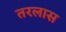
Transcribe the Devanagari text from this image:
तरलास